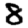
Digit: 8